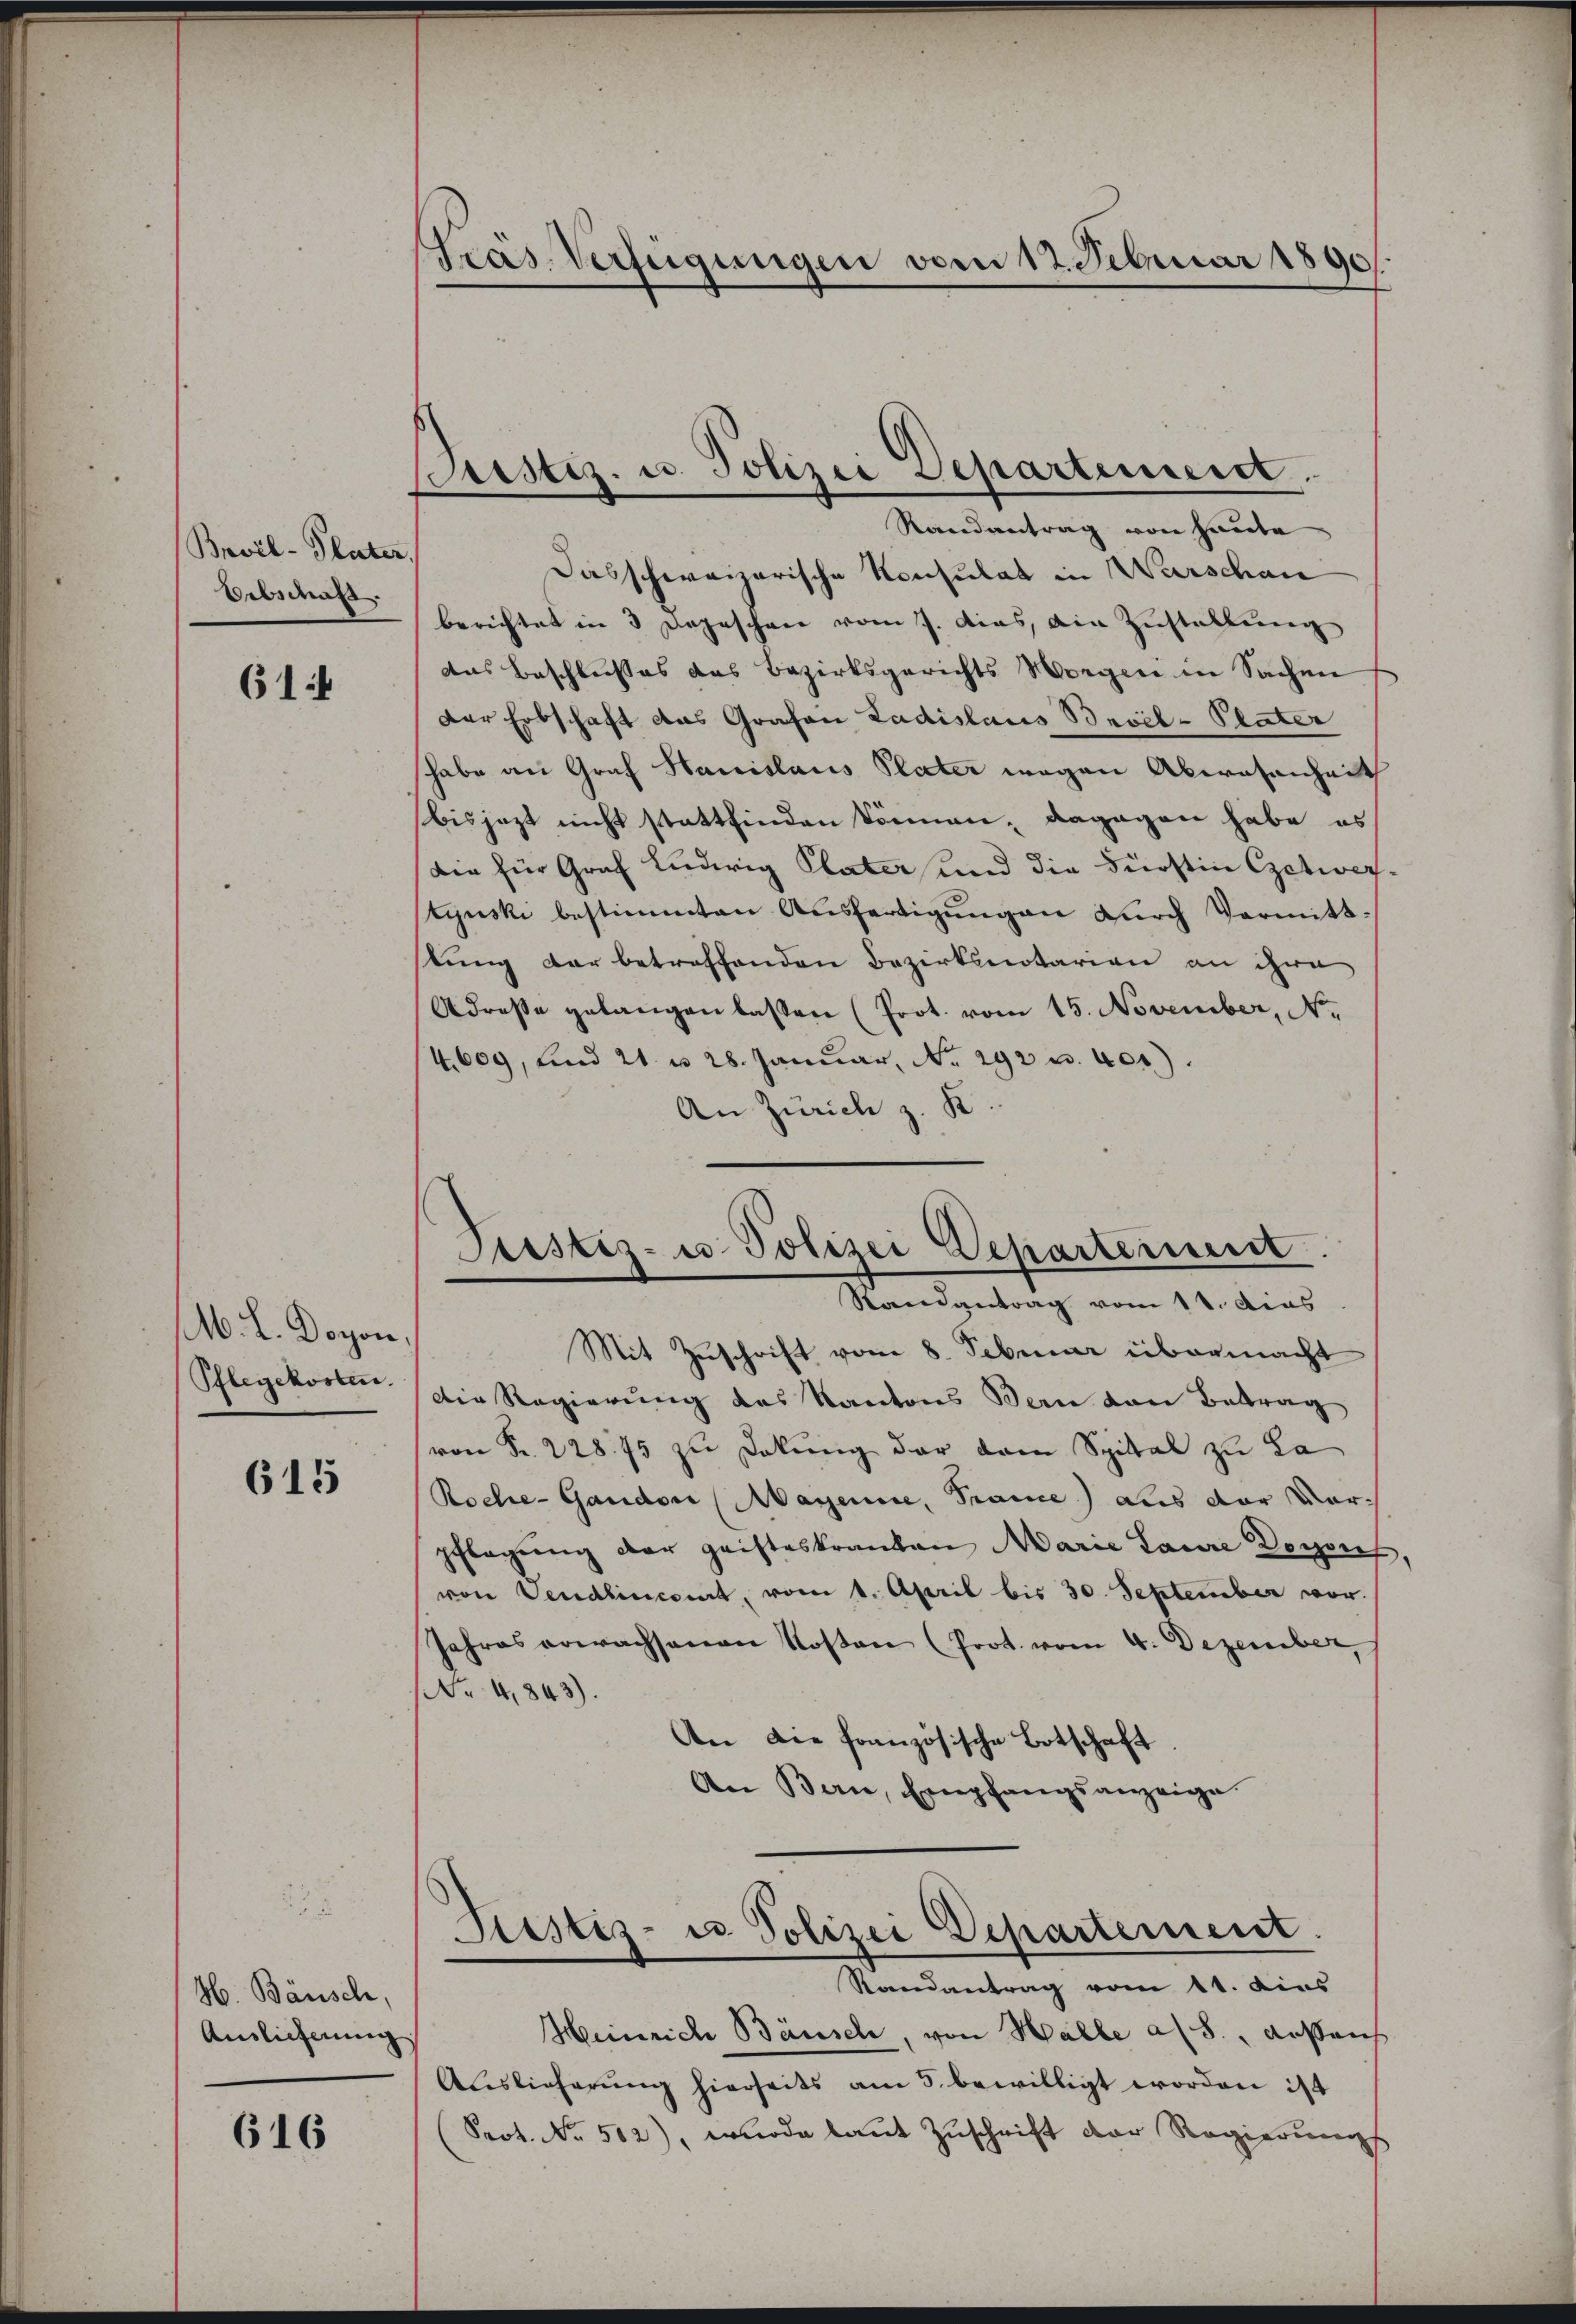
Brvil-Plater,
Erbschaft.

614

M. L. Dogon,
Pflegekosten.

615

H. Bäusch,
Auslieferung

616

Tras-Verfügungen vom 13. Februar 1890.

stiz- u. Polizei Departement
Randantrag von heute

Dasschweizerische Konsulat in Warschan
berichtet in 3 Depeschen vom J. das, ain Zustellung
das Beschlusses das Bezirksgerichts Morgen in Sachen
Der Erbschaft das Grafen Ladislaus Bevil-Plater
habe an Graf Hanislaus Plater wegen Abwesenheit
bis jezt nicht stattfinden können, dagegen habe es
Die für Graf Ludwig Plater und die Fürstin Czetwertynski bestimmten Aŭsfertigŭngen durch Vermittlung der betreffenden Bezirksnotarien an ihre
Adresse gelangen lassen (Prot. vom 15. November, No.
4,609, und 21. u 28. Januar, No. 292 u. 401)
An Zürich z. K.
Justiz- u. Polizei Departement
Randantrag vom 18. Das
Mit Zuschrift vom 8. Februar übermacht
Die Regierung des Kantons Bern von Betrag
von Fr. 228. 75 zu Dokung der dem Spital zu La
Roche-Gandon (Mayenie, Trance) aus der Vorschlagung der geisteskranken Marie Laure Doron
von Vendlincomt, vom 1. April bis 30. September vor.
Jahres erwachsenen Kosten (Prot. vom 4. Dezember
r 4,843).
An die französische Botschaft
An Bern, Empfangsanzeige.

Liestes- u Polizei Departement.
Randantrag vom 11. dies

Heinrich Bausch, von Halle a/S., Arsaus
Auslieferung hierseits am 5. bewilligt worden ist
Prot. No. 502), wurde laut Zuschrift der Regierungs